Annual report of the Central Committee of the Association together with the report of the directors of the Pasteur Institute at Kasauli
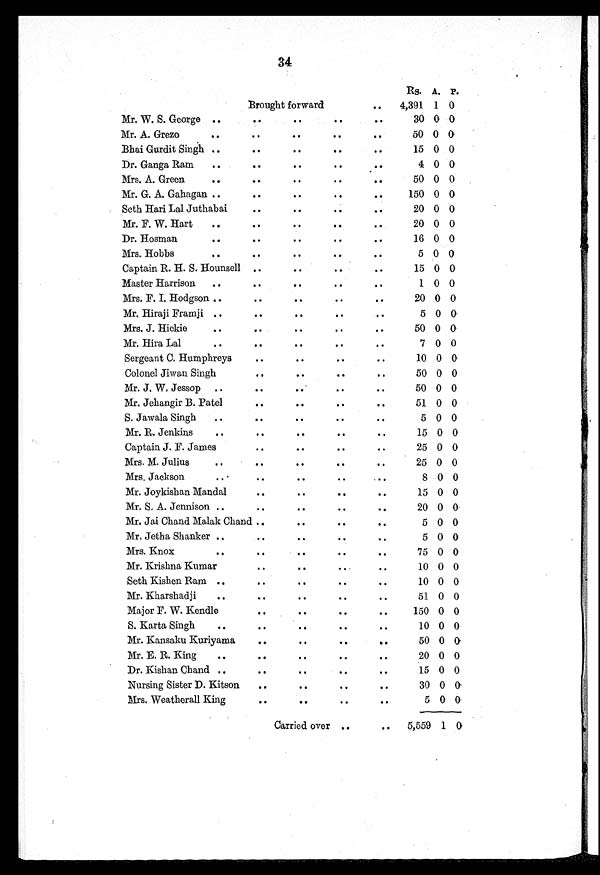
34
Rs. A. P.
Brought forward
. .
4,391 1 0
Mr. W. S. George ..
. .
. .
. .
. .
30 0
0
Mr. A. Grezo
..
. .
. .
. .
. .
50 0 0
Bohai Gurdit Singh ..
. .
. .
. .
. .
15 0 0
Dr. Ganga Ram
..
. .
. .
. .
. .
4 0 0
Mrs. A. Green
. .
. .
. .
. .
. .
50 0 0
Mr. G. A. Gahagan ..
. .
. .
. .
..
150 0 0
Seth Hari Lal Juthabai
. .
. .
. .
. .
20 0 0
Mr. F. W. Hart
. .
. .
. .
. .
20 0 0
Dr. Hosman
. .
. .
. .
..
. .
16 0 0
Mrs. Hobbs
..
. .
..
..
..
5 0 0
Captain R. H. S. Hounsell . .
. .
. .
. .
15 0 0
Master Harrison
. .
. .
. .
. .
. .
1 0 0
Mrs. F. I. Hodgson ..
. .
. .
. .
. .
20 0 0
Mr. Hiraji Framji . .
. .
. .
. .
. .
5 0 0
Mrs. J. Hickie
. .
. .
. .
. .
. .
50 0 0
Mr. Hira Lal
. .
. .
. .
. .
. .
7 0 0
Sergeant C. Humphreys
. .
. .
. .
. .
10 0 0
Colonel Jiwan Singh
. .
..
..
..
50 0 0
Mr. J. W. Jessop . .
. .
. .
. .
. .
50 0 0
Mr. Jehangir B. Patel
. .
. .
. .
51 0 0
S. Jawala Singh
..
. .
. .
. .
. .
5 0 0
Mr. R. Jenkins
..
. .
..
..
..
15 0 0
Captain J. F. James
. .
..
..
..
25 0 0
Mrs. M. Julius
. .
. .
. .
. .
. .
25 0 0
Mrs. Jackson
. .
..
..
..
..
8 0 0
Mr. Joykishan Mandal
. .
. .
. .
. .
15 0 0
Mr. S. A. Jennison . .
. .
. .
. .
. .
20 0 0
Mr. Jai Ohand Malak Chand . .
. .
. .
. .
5 0 0
Mr. Jetba Shanker ..
. .
. .
. .
. .
5 0 0
Mrs. Knox
. .
. .
. .
. .
. .
75 0 0
Mr. Krishna Kumar
. .
. .
. .
. .
10 0 0
Seth Kishan Ram . .
. .
. .
. .
. .
10 0 0
Mr. Kharsbadji
. .
. .
. .
. .
. .
51 0 0
Major F. W. Kendle
. .
. .
. .
. .
150 0 0
S. Karta Singh
. .
. .
. .
. .
. .
10 0 0
Mr. Kansaku Kuriyama
. .
. .
. .
. .
50 0 0
Mr. E. R. King
. .
. .
. .
. .
. .
20 0 0
Dr. Kishen Chand ..
. .
. .
. .
. .
15 0 0
Nursing Sister D. Kitson
. .
. .
. .
. .
30 0 0
Mrs. Weatherall King
. .
. .
. .
. .
5 0 0
Carried over
. .
..
5,559 1 0